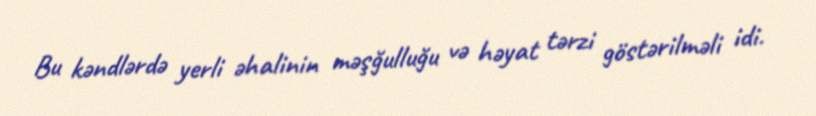
Bu kəndlərdə yerli əhalinin məşğulluğu və həyat tərzi göstərilməli idi.